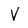
Character: V